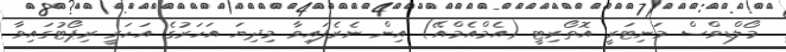
މޯލްޑިވްސް މަނިޓަރީ އޮތޯރިޓީ (އެމްއެމްއޭ) އިން ނެރެފައިވާ މިދިޔަ އަހަރުގެ އަހަރީ ރިޕޯޓުގައިވާ